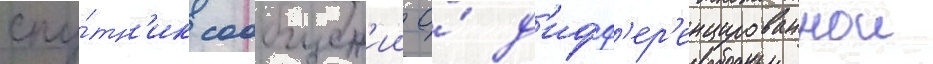
спу́тн'ик сообщен'ии о́ д'ифф'ер'енцированнои